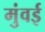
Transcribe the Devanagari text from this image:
मुंवई